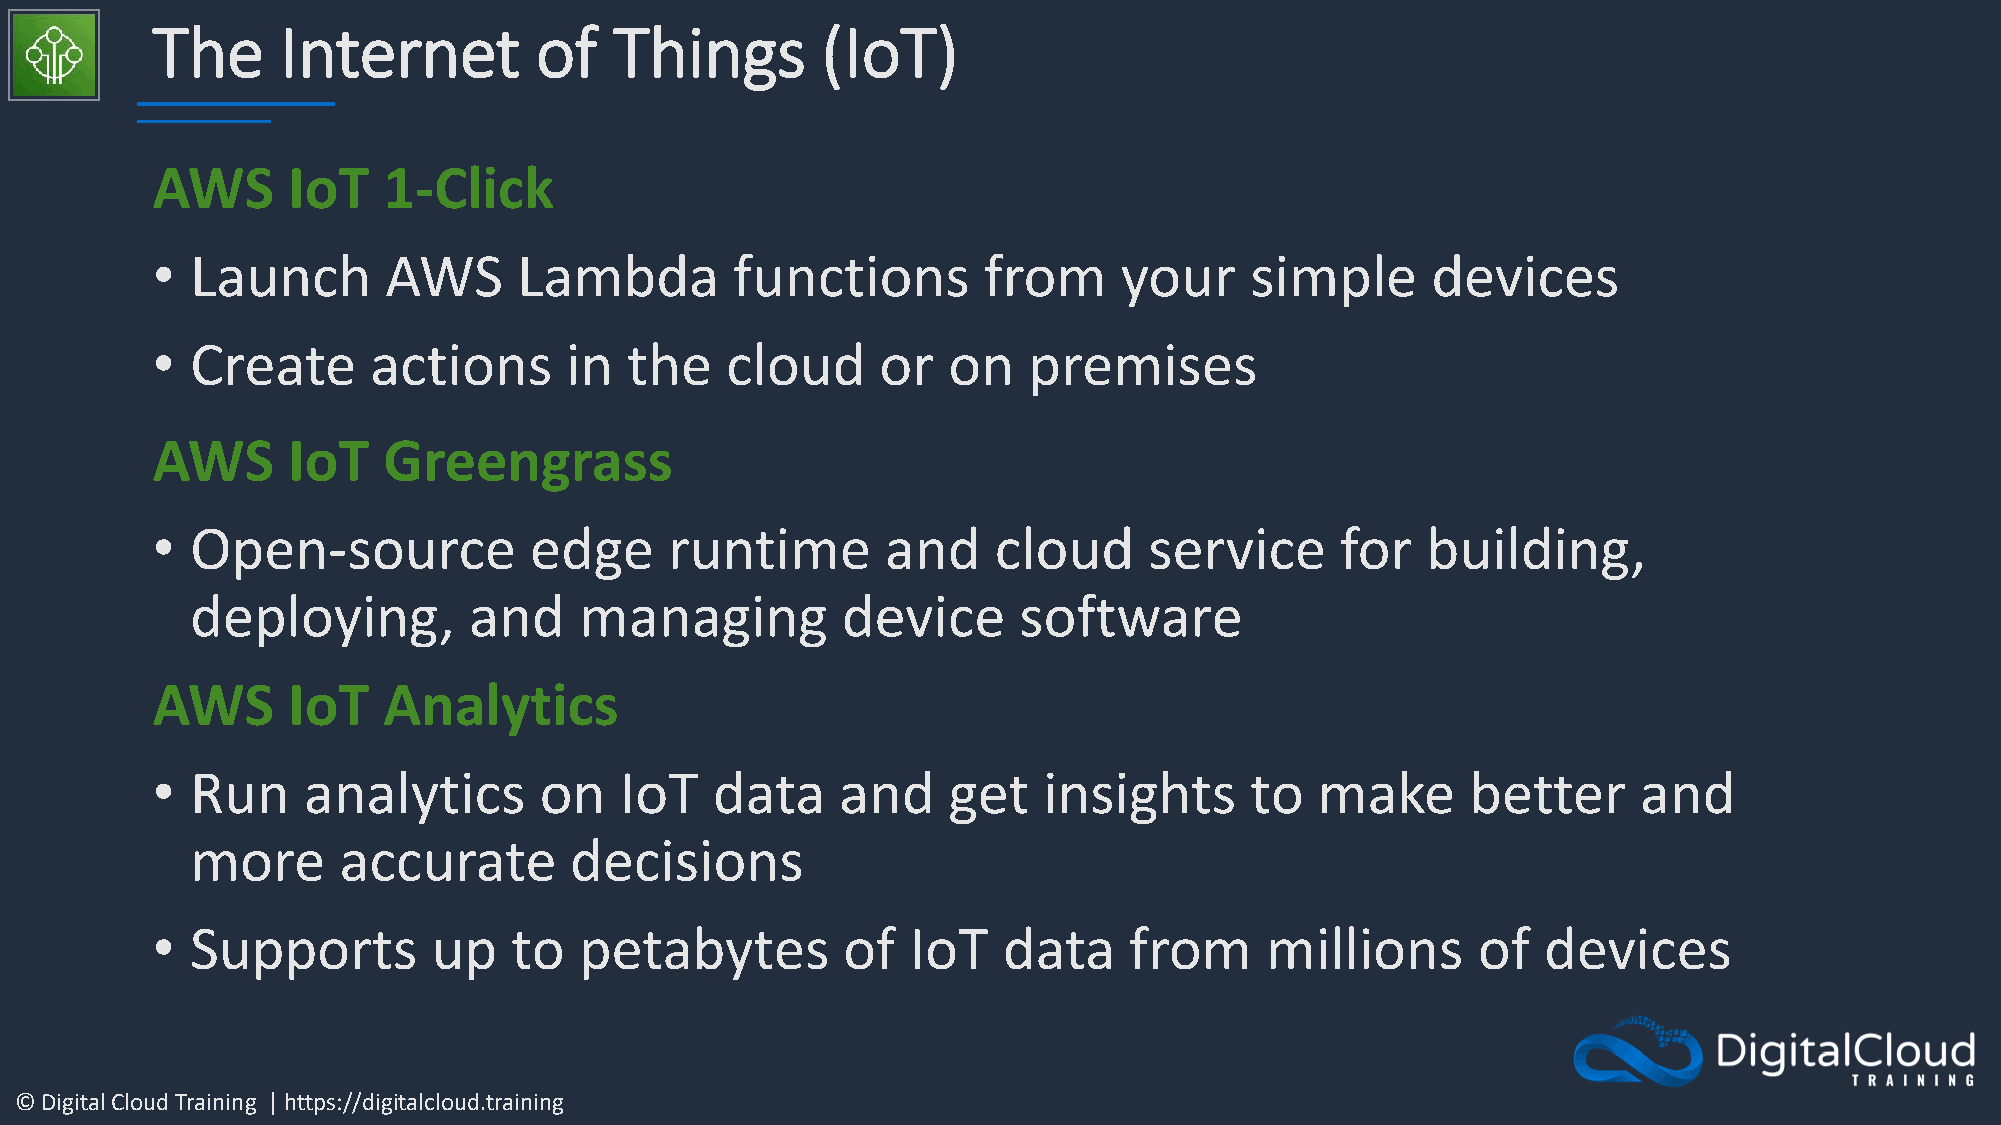
The      Internet        of    Things       (IoT)
 AWS      IoT   1-Click
 •  Launch      AWS      Lambda         functions       from     your     simple      devices
 •  Create     actions      in   the   cloud     or   on   premises
 AWS      IoT   Greengrass
 •  Open-source           edge     runtime        and    cloud     service      for  building,
 deploying,        and    managing          device     software
 AWS      IoT   Analytics
 •  Run    analytics       on   IoT   data     and    get   insights      to  make      better      and
 more     accurate        decisions
 •  Supports        up   to  petabytes         of  IoT   data     from     millions      of  devices
 © Digital Cloud Training | https://digitalcloud.training